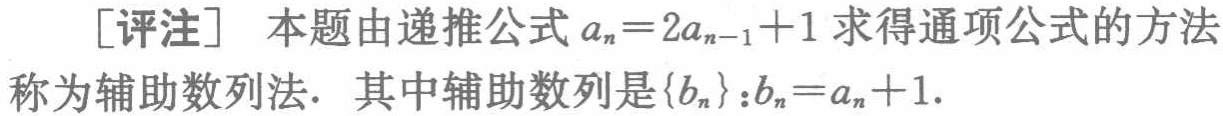
[评注] 本题由递推公式 \(a_{n}=2a_{n - 1}+1\) 求得通项公式的方法称为辅助数列法. 其中辅助数列是\(\{b_{n}\}:b_{n}=a_{n}+1\).